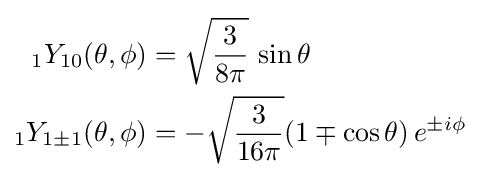
{\begin{aligned}{}_{1}Y_{10}(\theta ,\phi )&={\sqrt {\frac {3}{8\pi }}}\,\sin \theta \\{}_{1}Y_{1\pm 1}(\theta ,\phi )&=-{\sqrt {\frac {3}{16\pi }}}(1\mp \cos \theta )\,e^{\pm i\phi }\end{aligned}}